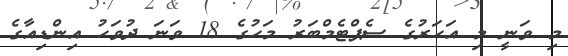
މި ވަނީ މި އަހަރުގެ ސެޕްޓެމްބަރު މަހުގެ 18 ވަނަ ދުވަހު އިންޑިއާގެ